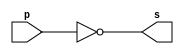

// ------------------------- 
// Exemplo0002 - NOT  
// Nome: Rodrigo Arruda de Assis 
// ------------------------- 

// ------------------------- 
// -- not gate 
// ------------------------- 
	module notgate (output s,input p); 
	assign s = ~p; 
	endmodule // notgate
	 
// ------------------------- 
// -- test not gate 
// ------------------------- 
module testnotgate; 
// ------------------------- dados locais 
	reg a; // definir registrador 
			// (variavel independente) 
	wire s; // definir conexao (fio) 
			 // (variavel dependente ) 

// ------------------------- instancia 
	notgate NOT1 (s, a); 

// ------------------------- preparacao 
	initial begin:start 
	a=0; 
	end 
// ------------------------- parte principal 
	initial begin 
		$display("Exemplo 0002 - Rodrigo Arruda de Assis - 427460"); 
		$display("Test NOT gate"); 
		$display("\n~a = s\n"); 
		a=0; 
			#1 $display("~%b = %b", a, s); 
		a=1; 
			#1 $display("~%b = %b", a, s); 
	
	end 

endmodule // testnotgate 
			
// -------
//	Exemplo 0002 - Rodrigo Arruda de Assis - 427460
// Test NOT gate
   
//~a = s
   
//~0 = 1
//~1 = 0
//----------